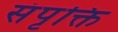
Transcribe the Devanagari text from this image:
संपृक्ति